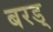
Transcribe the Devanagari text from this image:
बरड्